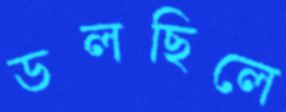
ডলছিলে